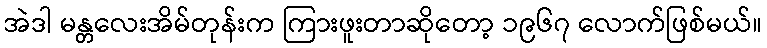
အဲဒါ မန္တလေးအိမ်တုန်းက ကြားဖူးတာဆိုတော့ ၁၉၆၇ လောက်ဖြစ်မယ်။